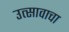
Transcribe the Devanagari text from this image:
उत्सावाचा